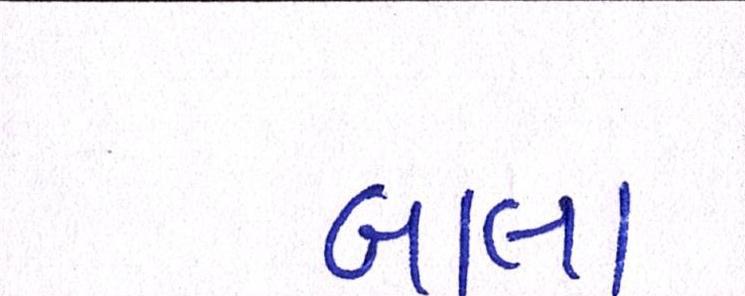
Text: બાલા